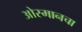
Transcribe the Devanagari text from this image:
ओस्मानचा